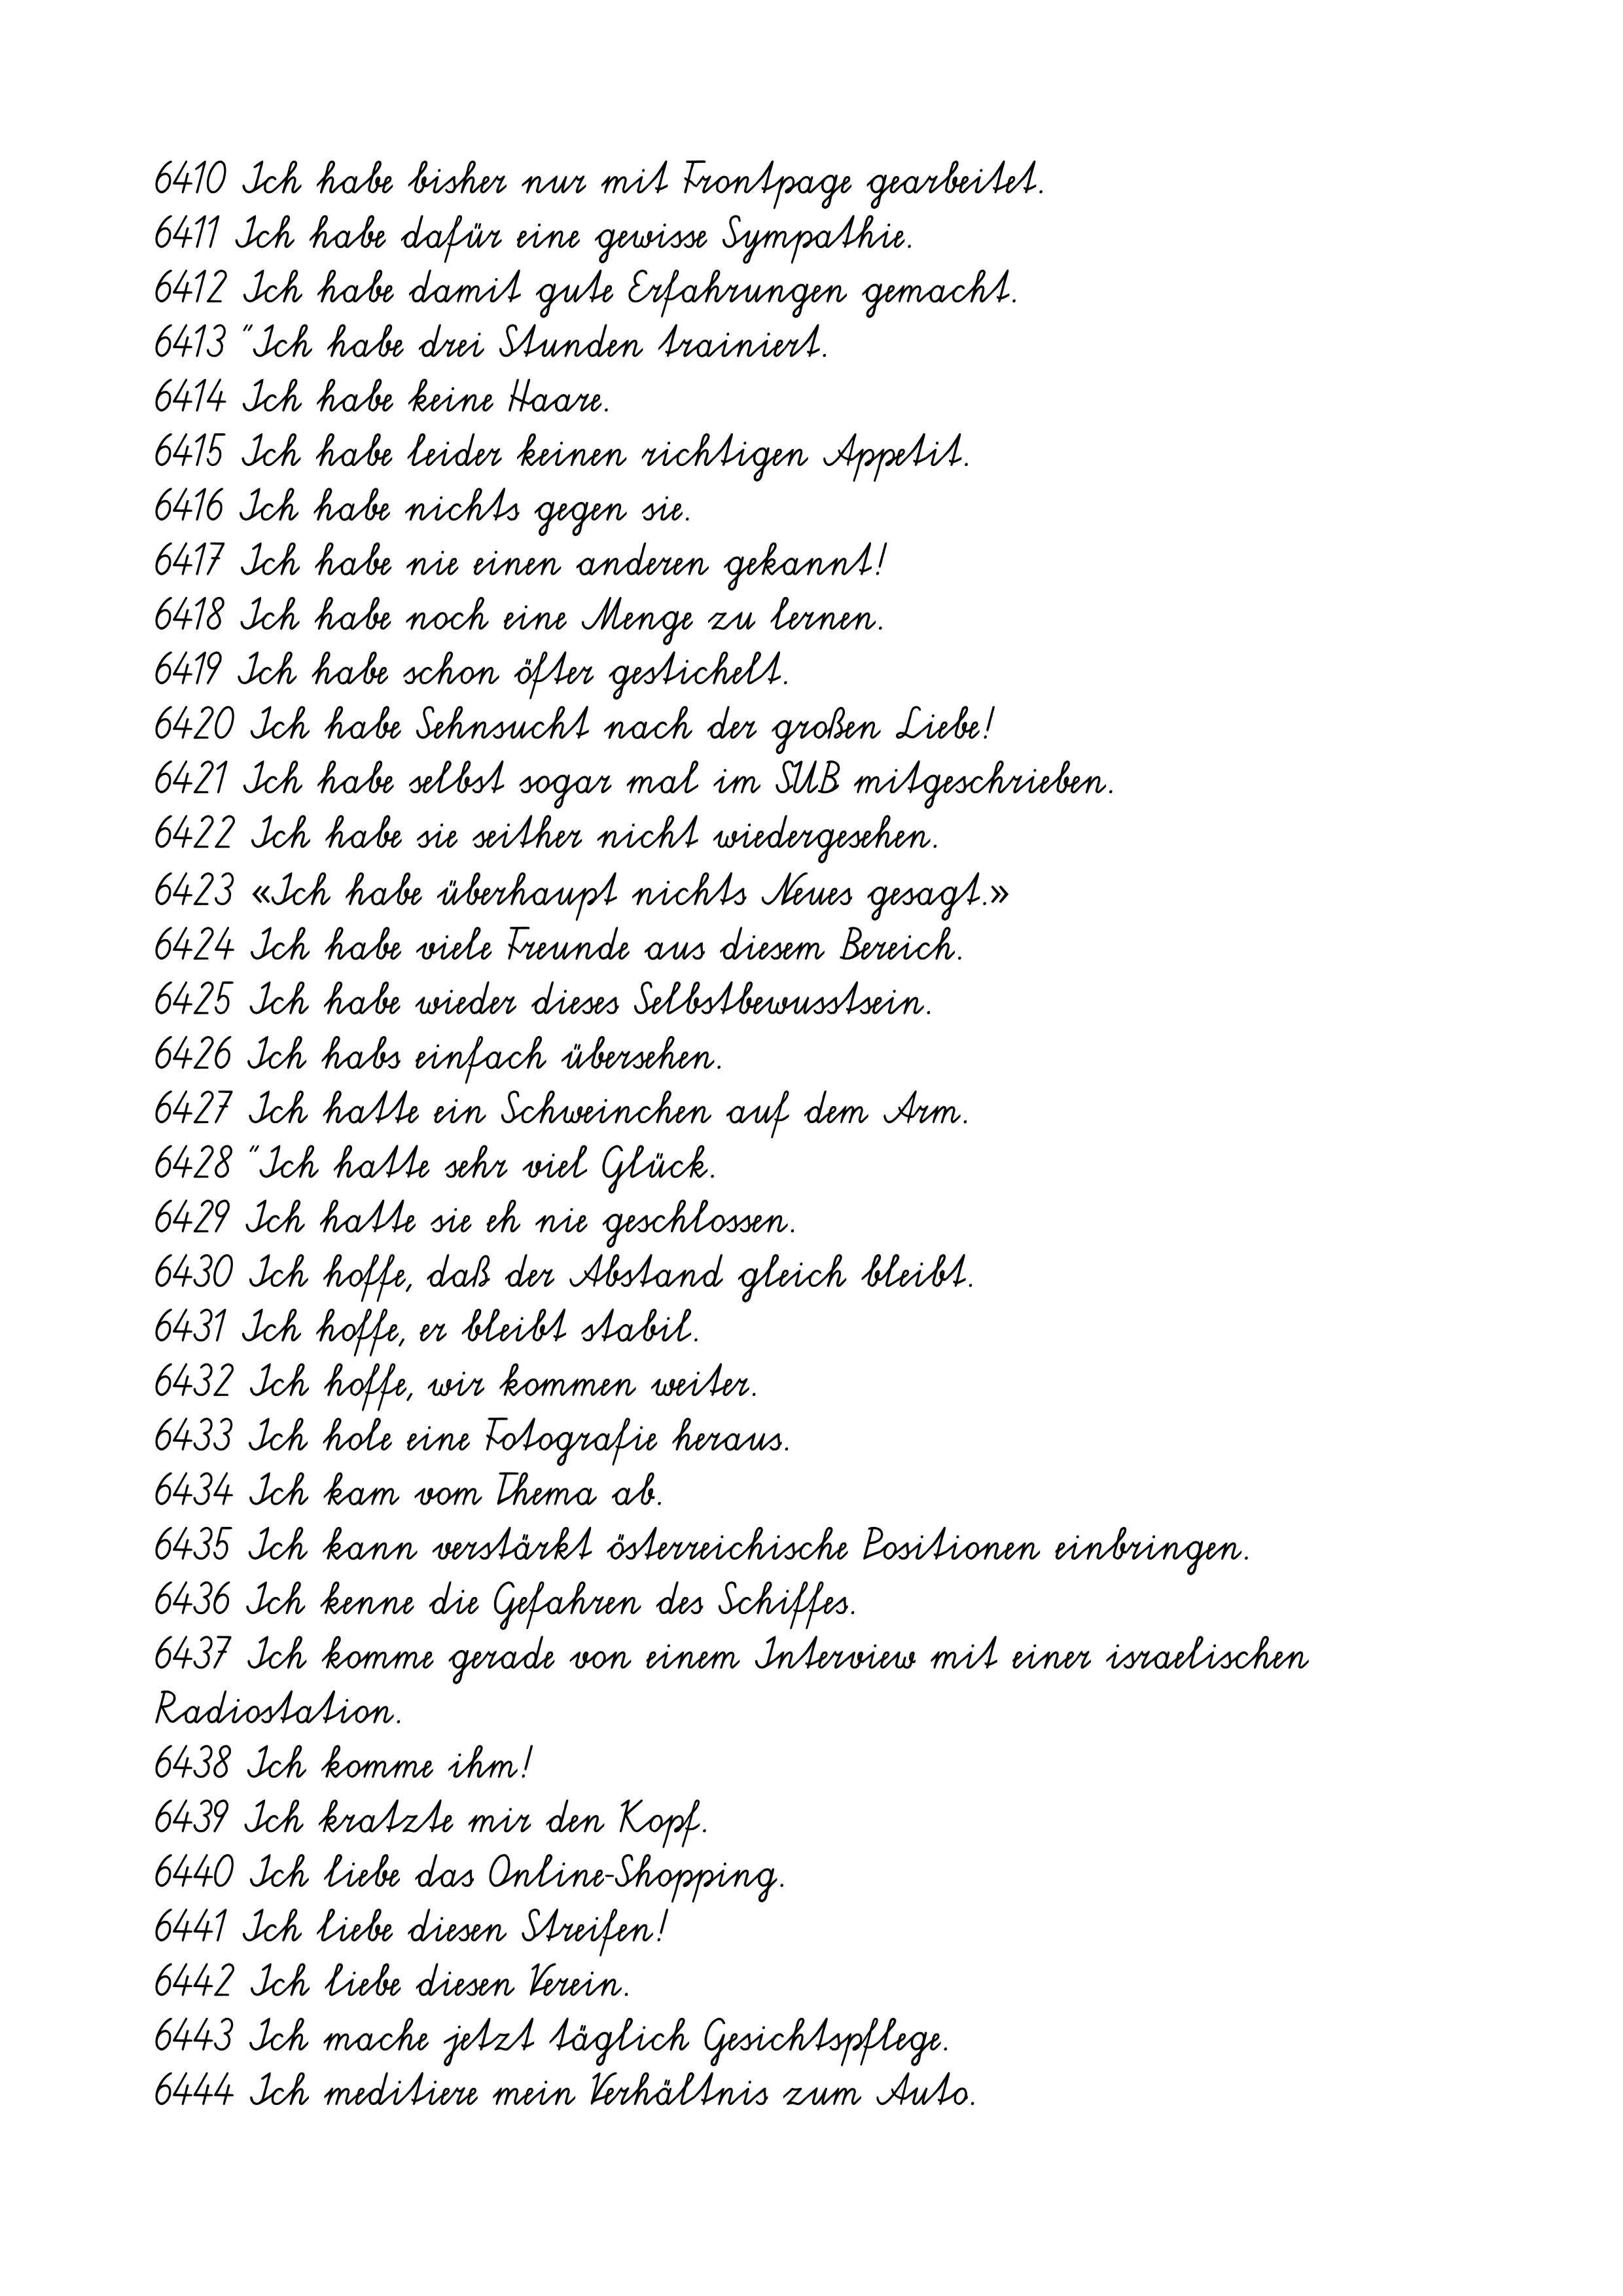
6410 Ich habe bisher nur mit Frontpage gearbeitet.
6411 Ich habe dafür eine gewisse Sympathie.
6412 Ich habe damit gute Erfahrungen gemacht.
6413 "Ich habe drei Stunden trainiert.
6414 Ich habe keine Haare.
6415 Ich habe leider keinen richtigen Appetit.
6416 Ich habe nichts gegen sie.
6417 Ich habe nie einen anderen gekannt!
6418 Ich habe noch eine Menge zu lernen.
6419 Ich habe schon öfter gestichelt.
6420 Ich habe Sehnsucht nach der großen Liebe!
6421 Ich habe selbst sogar mal im SUB mitgeschrieben.
6422 Ich habe sie seither nicht wiedergesehen.
6423 «Ich habe überhaupt nichts Neues gesagt.»
6424 Ich habe viele Freunde aus diesem Bereich.
6425 Ich habe wieder dieses Selbstbewusstsein.
6426 Ich habs einfach übersehen.
6427 Ich hatte ein Schweinchen auf dem Arm.
6428 "Ich hatte sehr viel Glück.
6429 Ich hatte sie eh nie geschlossen.
6430 Ich hoffe, daß der Abstand gleich bleibt.
6431 Ich hoffe, er bleibt stabil.
6432 Ich hoffe, wir kommen weiter.
6433 Ich hole eine Fotografie heraus.
6434 Ich kam vom Thema ab.
6435 Ich kann verstärkt österreichische Positionen einbringen.
6436 Ich kenne die Gefahren des Schiffes.
6437 Ich komme gerade von einem Interview mit einer israelischen
Radiostation.
6438 Ich komme ihm!
6439 Ich kratzte mir den Kopf.
6440 Ich liebe das Online-Shopping.
6441 Ich liebe diesen Streifen!
6442 Ich liebe diesen Verein.
6443 Ich mache jetzt täglich Gesichtspflege.
6444 Ich meditiere mein Verhältnis zum Auto.